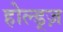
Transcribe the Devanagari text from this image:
होल्ड्ज़